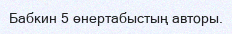
Бабкин 5 өнертабыстың авторы.